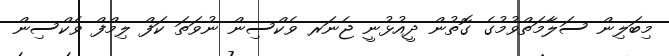
މިބަލިން ސަލާމަތްވުމުގެ ގޮތުން ދީއުޅުނީ ޖެނަރ ވެކްސިން ނުވަތަ ކަފް ލިމްފް ވެކްސިން